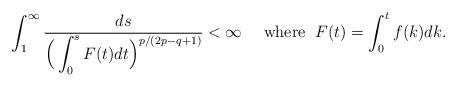
LaTeX: \begin{align*}\int_{1}^\infty\frac{ds}{\Big(\displaystyle \int_0^s F(t)dt \Big)^{p/(2p - q+1)}} <\infty \quad\mbox{ where }\; F(t)=\int_0^t f(k)dk.\end{align*}